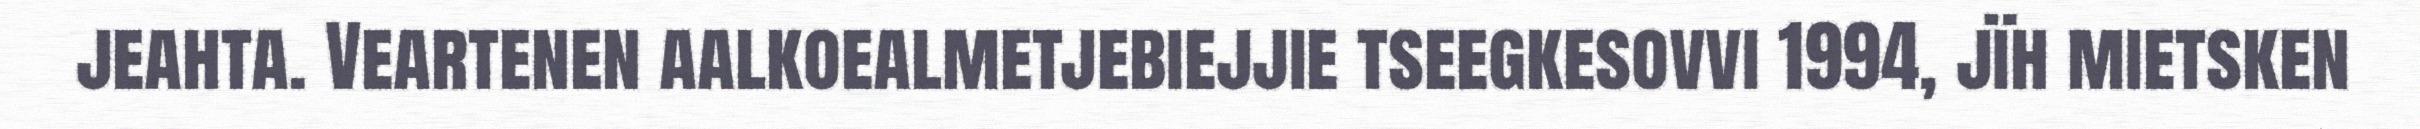
jeahta. Veartenen aalkoealmetjebiejjie tseegkesovvi 1994, jïh mietsken